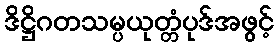
ဒိဋ္ဌိဂတသမ္ပယုတ္တံပုဒ်အဖွင့်